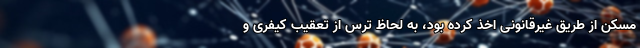
مسکن از طریق غیرقانونی اخذ کرده بود، به لحاظ ترس از تعقیب کیفری و